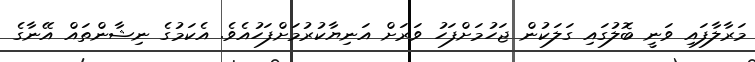
މަރާލާފައި ވަނީ ބޮލުގައި ގަލަކުން ޖަހުމަށްފަހު ވަރަށް އަނިޔާކުރުމަށްފަހުއެވެ. އެކަމުުގެ ނިޝާންތައް އޭނާގެ